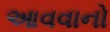
આવવાનો